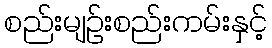
စည်းမျဉ်းစည်းကမ်းနှင့်